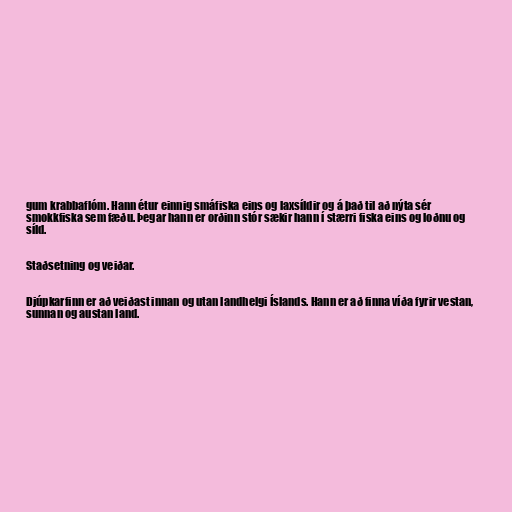
gum krabbaflóm. Hann étur einnig smáfiska eins og laxsíldir og á það til að nýta sér
smokkfiska sem fæðu. Þegar hann er orðinn stór sækir hann í stærri fiska eins og loðnu og
síld.

Staðsetning og veiðar.

Djúpkarfinn er að veiðast innan og utan landhelgi Íslands. Hann er að finna víða fyrir vestan,
sunnan og austan land.